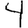
Digit: 4